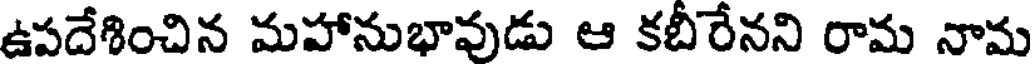
ఉపదేశించిన మహానుభావుడు ఆ కబీరేనని రామ నామ